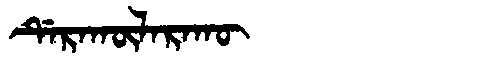
Manchu: ᡩᡝᡵᠠᡴᡡᠯᠠᡵᠠᡴᡡ
Romanization: DERAKŪLARAKŪ